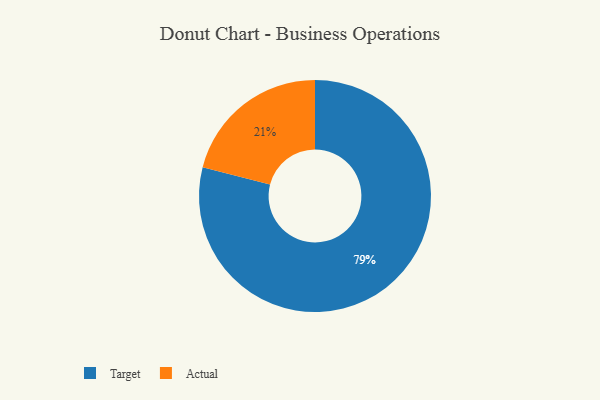
{"axis": {"x": "Category", "y": "Percentage"}, "legend": ["Actual", "Target"], "data": [{"x": "Actual", "y": 21, "type": "Actual"}, {"x": "Target", "y": 79, "type": "Target"}]}